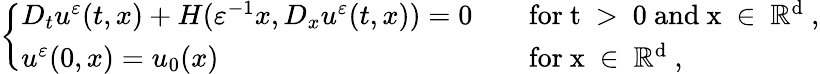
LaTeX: \left\{ \begin{array}{ll}{D_{t}u^{\varepsilon}(t,x)+H(\varepsilon^{-1}x,D_{x}u^{\varepsilon}(t,x))=0}&{\quad\mathrm{for~t~>~0~and~x~\in~\mathbb{R}^d~,}}\\ {u^{\varepsilon}(0,x)=u_{0}(x)}&{\quad\mathrm{for~x~\in~\mathbb{R}^d~,}}\end{array}\right.